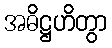
အဓိဋ္ဌဟိတွာ